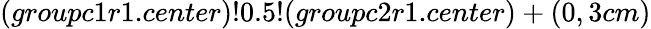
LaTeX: (groupc1r1.center)!0.5!(groupc2r1.center)+(0,3cm)